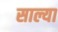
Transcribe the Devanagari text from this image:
साल्या